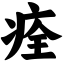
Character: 痊